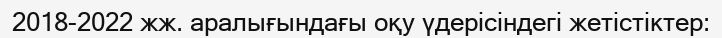
2018-2022 жж. аралығындағы оқу үдерісіндегі жетістіктер: